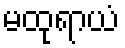
မထုရာယံ